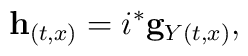
{}{\bf h}_{(t, x)} =  i^* {\bf g}_{Y(t, x)},